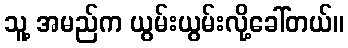
သူ့ အမည်က ယွမ်းယွမ်းလို့ခေါ်တယ်။